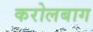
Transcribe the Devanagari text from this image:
करोलबाग